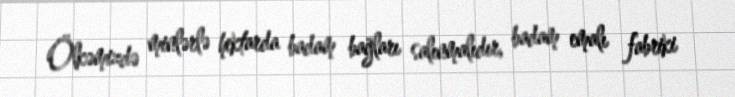
Ölkəmizdə minlərlə hektarda badam bağları salınmalıdır, badam emalı fabriki